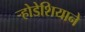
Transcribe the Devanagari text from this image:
र्‍होडेशियाने